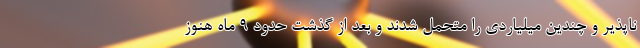
ناپذیر و چندین میلیاردی را متحمل شدند و بعد از گذشت حدود ۹ ماه هنوز